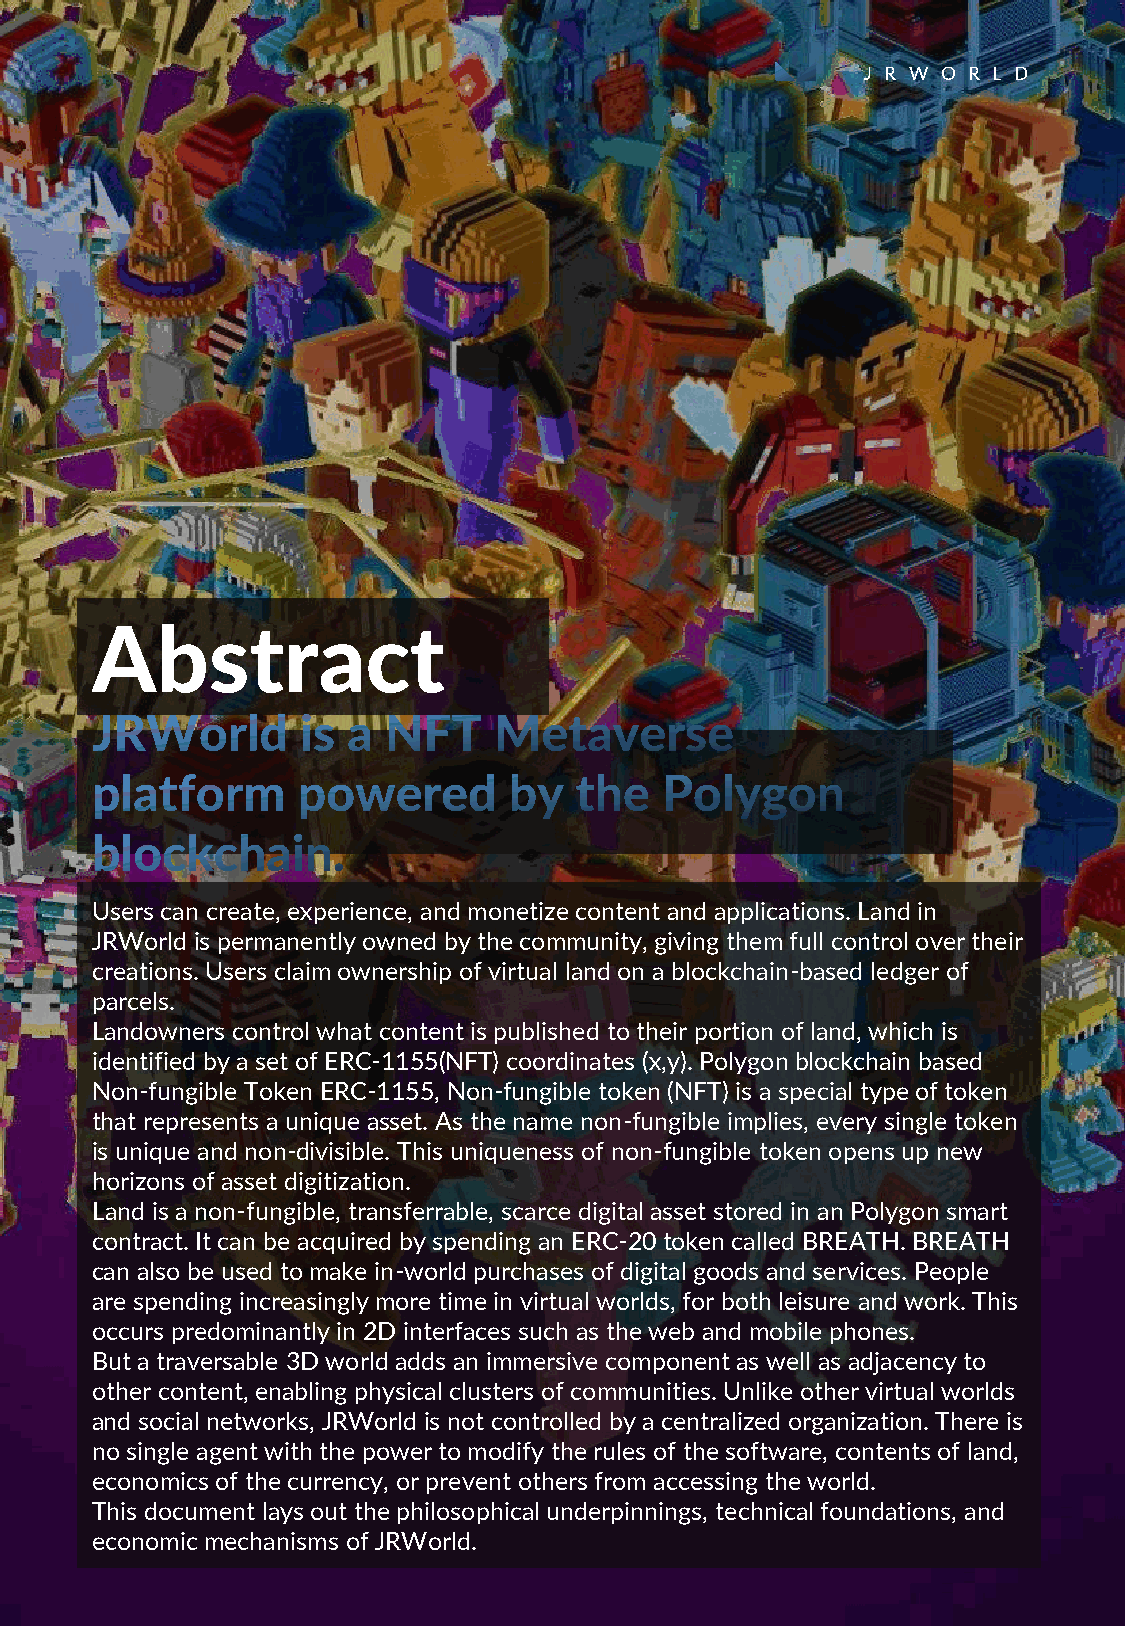
J R W O R L D
 Abstract
 Users can create, experience, and monetize content and applications. Land in
 JRWorld is permanently owned by the community, giving them full control over their
 creations. Users claim ownership of virtual land on a blockchain-based ledger of
 parcels.
 Landowners control what content is published to their portion of land, which is
 identified by a set of ERC-1155(NFT) coordinates (x,y). Polygon blockchain based
 Non-fungible Token ERC-1155, Non-fungible token (NFT) is a special type of token
 that represents a unique asset. As the name non-fungible implies, every single token
 is unique and non-divisible. This uniqueness of non-fungible token opens up new
 horizons of asset digitization.
 Land is a non-fungible, transferrable, scarce digital asset stored in an Polygon smart
 contract. It can be acquired by spending an ERC-20 token called BREATH. BREATH
 can also be used to make in-world purchases of digital goods and services. People
 are spending increasingly more time in virtual worlds, for both leisure and work. This
 occurs predominantly in 2D interfaces such as the web and mobile phones.
 But a traversable 3D world adds an immersive component as well as adjacency to
 other content, enabling physical clusters of communities. Unlike other virtual worlds
 and social networks, JRWorld is not controlled by a centralized organization. There is
 no single agent with the power to modify the rules of the software, contents of land,
 economics of the currency, or prevent others from accessing the world.
 This document lays out the philosophical underpinnings, technical foundations, and
 economic mechanisms of JRWorld.